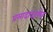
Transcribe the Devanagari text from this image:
प्रसादादहमेव